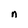
Character: n